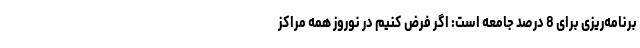
برنامه‌ریزی برای 8 درصد جامعه است: اگر فرض کنیم در نوروز همه مراکز